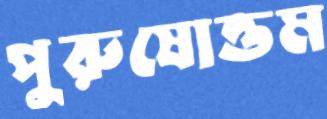
পুরুষোত্তম